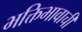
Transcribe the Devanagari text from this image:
भक्तिभावाची